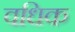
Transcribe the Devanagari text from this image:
वधिक